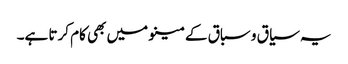
یہ سیاق و سباق کے مینو میں بھی کام کرتا ہے۔